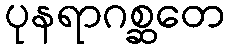
ပုနရာဂစ္ဆတေ